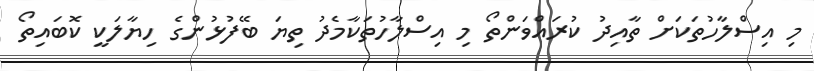
މި އިސްލާހުތަކަށް ތާއިދު ކުރައްވަންތޯ މި އިސްލާހުތަކާމެދު ތިޔަ ބޭފުޅުންގެ ހިޔާލަކީ ކޮބައިތޯ